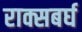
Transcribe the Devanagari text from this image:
राक्सबर्घ